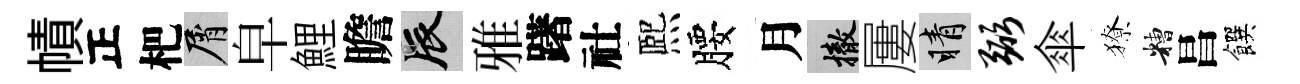
幘正杷屑皁鯉瞻辰雅躇社熈腰月撤屢睛弼傘獠糟昌饌